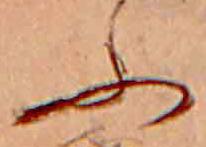
ふ